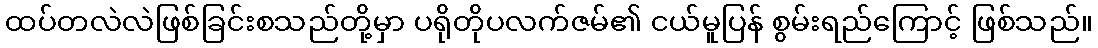
ထပ်တလဲလဲဖြစ်ခြင်းစသည်တို့မှာ ပရိုတိုပလက်ဇမ်၏ ငယ်မူပြန် စွမ်းရည်ကြောင့် ဖြစ်သည်။